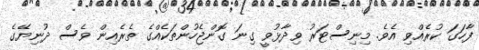
ފާހަގަ ކުރެއްވި އެވެ. މިނިސްޓަރު ވިދާޅުވީ ގިނަ ގޮންޖެހުންތަކެއްގެ ތެރެއިން ވެސް ދުނިޔޭގެ